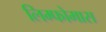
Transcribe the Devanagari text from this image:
लिम्‍फोमास